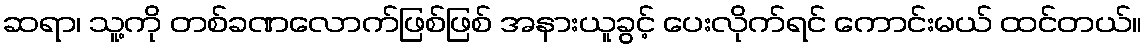
ဆရာ၊ သူ့ကို တစ်ခဏလောက်ဖြစ်ဖြစ် အနားယူခွင့် ပေးလိုက်ရင် ကောင်းမယ် ထင်တယ်။